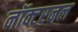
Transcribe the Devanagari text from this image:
नॉक्टरनल